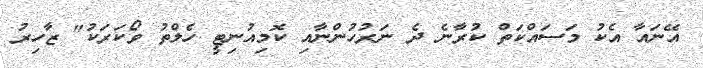
އޭނައާ އެކު މަސައްކަތް ކުރާނެ ދެ ނަރުހުންނާއި ކޮމިއުނިޓީ ހެލްތު ވޯކަރަކު" ޒާހިރު